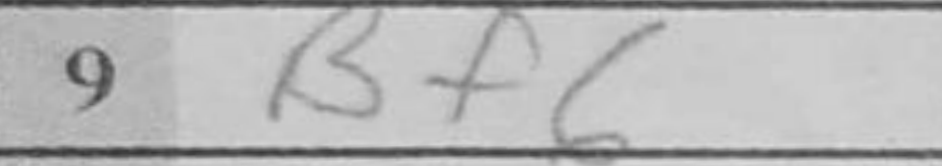
Transcription: Bf6